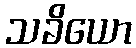
သခိယော